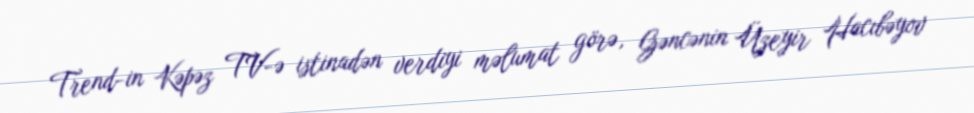
Trend-in Kəpəz TV-ə istinadən verdiyi məlumat görə, Gəncənin Üzeyir Hacıbəyov